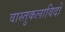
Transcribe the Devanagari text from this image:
वास्तुकलाविदों